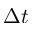
\Delta t